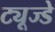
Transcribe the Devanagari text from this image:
ट्यूज्डे